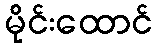
မိုင်းထောင်